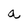
Character: a